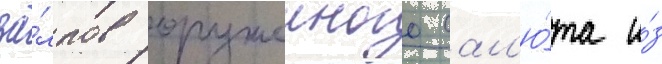
за́лпов оружеиного сал'ю́та и́з